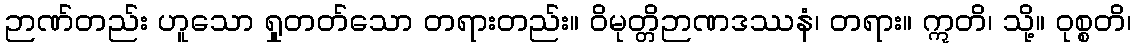
ဉာဏ်တည်း ဟူသော ရှုတတ်သော တရားတည်း။ ဝိမုတ္တိဉာဏဒဿနံ၊ တရား။ ဣတိ၊ သို့။ ဝုစ္စတိ၊